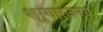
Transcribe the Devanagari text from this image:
श्रृंगारजन्य